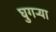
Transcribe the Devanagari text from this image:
घुगऱ्या